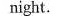
night.